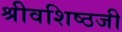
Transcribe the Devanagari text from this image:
श्रीवशिष्ठजी